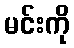
မင်းကို